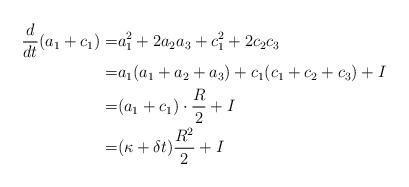
LaTeX: \begin{align*}\frac d{dt}(a_1+c_1)=&a_1^2+2a_2a_3 + c_1^2+2c_2c_3 \\=& a_1(a_1+a_2+a_3)+c_1(c_1+c_2+c_3)+I \\=& (a_1+c_1)\cdot \frac R2 + I \\=& (\kappa+\delta t) \frac{R^2}2 + I \\\end{align*}